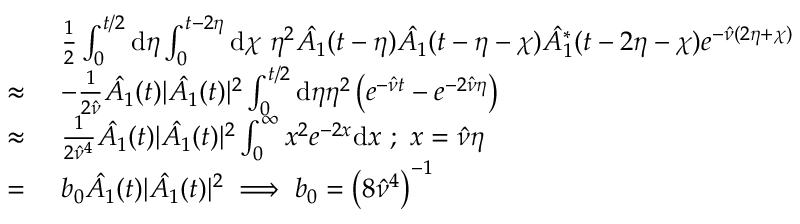
\begin{array} { r l } & { \frac { 1 } { 2 } \int _ { 0 } ^ { t / 2 } \mathrm { d } \eta \int _ { 0 } ^ { t - 2 \eta } \mathrm { d } \chi \ \eta ^ { 2 } \hat { A _ { 1 } } ( t - \eta ) \hat { A _ { 1 } } ( t - \eta - \chi ) \hat { A _ { 1 } ^ { * } } ( t - 2 \eta - \chi ) e ^ { - \hat { \nu } ( 2 \eta + \chi ) } } \\ { \approx \ } & { - \frac { 1 } { 2 \hat { \nu } } \hat { A _ { 1 } } ( t ) | \hat { A _ { 1 } } ( t ) | ^ { 2 } \int _ { 0 } ^ { t / 2 } \mathrm { d } \eta \eta ^ { 2 } \left( e ^ { - \hat { \nu } t } - e ^ { - 2 \hat { \nu } \eta } \right) } \\ { \approx \ } & { \frac { 1 } { 2 \hat { \nu } ^ { 4 } } \hat { A _ { 1 } } ( t ) | \hat { A _ { 1 } } ( t ) | ^ { 2 } \int _ { 0 } ^ { \infty } x ^ { 2 } e ^ { - 2 x } \mathrm { d } x \ ; \ x = \hat { \nu } \eta } \\ { = \ } & { b _ { 0 } \hat { A _ { 1 } } ( t ) | \hat { A _ { 1 } } ( t ) | ^ { 2 } \implies b _ { 0 } = \left( 8 \hat { \nu } ^ { 4 } \right) ^ { - 1 } } \end{array}